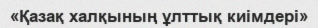
«Қазақ халқының ұлттық киімдері»